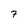
Character: 7